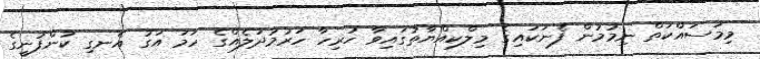
މިމަސައްކަތް ނިމުމުން ފެނަކައިގެ މިލްކިއްޔާތުގައިވާ ހުރިހާ ހަރުމުދަލެއްގެ ހަމަ އަގު އެނގި ކުންފުނީގެ